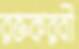
রক্তকরবী